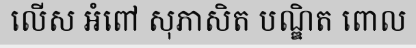
លើស អំពៅ សុភាសិត បណ្ឌិត ពោល